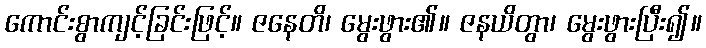
ကောင်းစွာကျင့်ခြင်းဖြင့်။ ဇနေတိ၊ မွေးဖွား၏။ ဇနယိတွာ၊ မွေးဖွားပြီး၍။